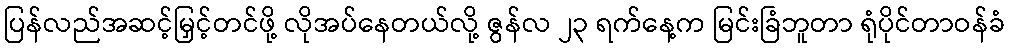
ပြန်လည်အဆင့်မြှင့်တင်ဖို့ လိုအပ်နေတယ်လို့ ဇွန်လ ၂၃ ရက်နေ့က မြင်းခြံဘူတာ ရုံပိုင်တာဝန်ခံ